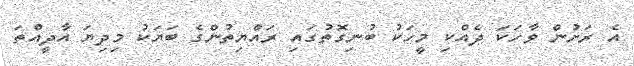
އެ ރަށުން ވާހަކަ ދެއްކި މީހަކު ބުނިގޮތުގައި ރައްޔިތުންގެ ބަޔަކު މިދިޔަ އާދީއްތަ